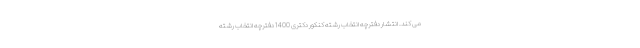
می کند. انتشار دفترچه انتخاب رشته کنکور دکتری 1400 دفترچه انتخاب رشته